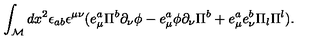
\int _ { \cal M } d x ^ { 2 } \epsilon _ { a b } \epsilon ^ { \mu \nu } ( e _ { \mu } ^ { a } \Pi ^ { b } \partial _ { \nu } \phi - e _ { \mu } ^ { a } \phi \partial _ { \nu } \Pi ^ { b } + e _ { \mu } ^ { a } e _ { \nu } ^ { b } \Pi _ { l } \Pi ^ { l } ) .